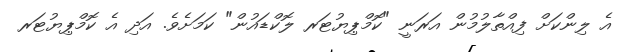
އެ ލިންކަށް ފިއްތާލުމުން އަރަނީ "ކޮމްޕިޔުޓަރ ލޮކްޑައުން" ކަމަށެވެ. އަދި އެ ކޮމްޕިޔުޓަރ